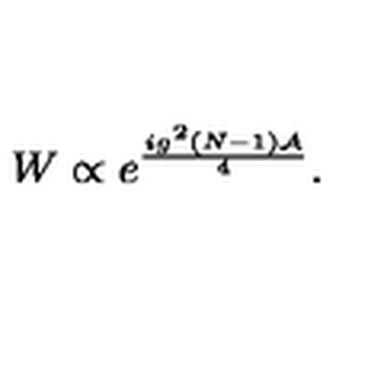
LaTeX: W \propto e ^ { \frac { i g ^ { 2 } ( N - 1 ) { \cal A } } { 4 } } .